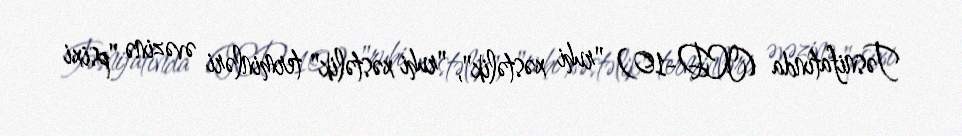
Təsnifatında (ICD-10) "ruhi xəstəlik", "ruhi xəstəlik" terminləri əvəzinə "psixi